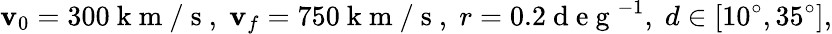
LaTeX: \mathbf{v}_{0}=300\mathrm{{~k~m~/~s~}},\; \mathbf{v}_{f}=750\mathrm{{~k~m~/~s~}},\; r=0.2\mathrm{{~d~e~g~}}^{-1},\; d\in[10^{\circ},35^{\circ}],